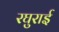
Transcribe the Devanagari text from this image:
रघुराई